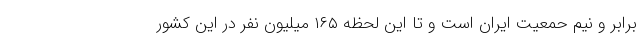
برابر و نیم حمعیت ایران است و تا این لحظه ۱۶۵ میلیون نفر در این کشور